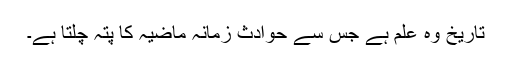
تاریخ وہ علم ہے جس سے حوادث زمانہ ماضیہ کا پتہ چلتا ہے۔